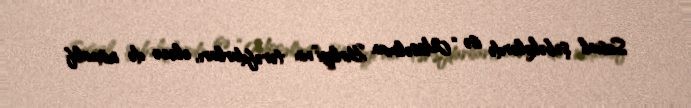
Sosial şəbəkələrdə isə “Müsəlman Birliyi”nin tərəfdarları, eləcə də müxalif